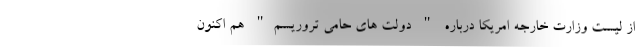
از لیست وزارت خارجه امریکا درباره " دولت های حامی تروریسم" هم اکنون